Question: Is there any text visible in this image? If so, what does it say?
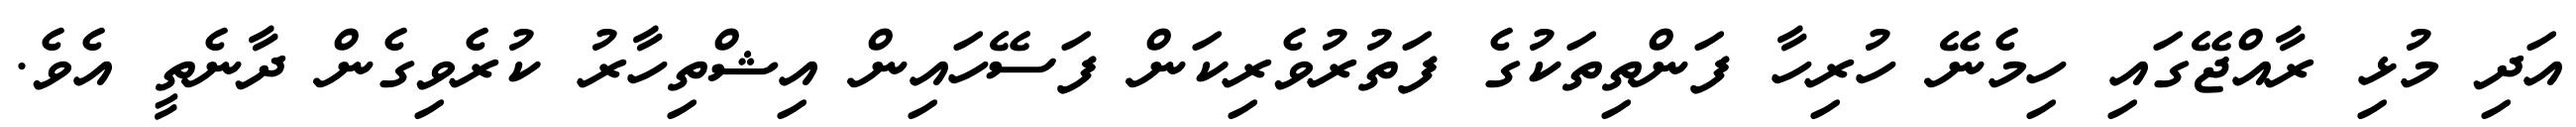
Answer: އަދި މުޅި ރާއްޖޭގައި ހިމެނޭ ހުރިހާ ފަންތިތަކުގެ ފަތުރުވެރިކަން ފަސޭހައިން އިޝްތިހާރު ކުރެވިގެން ދާނެތީ އެވެ.